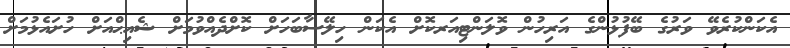
އެކަންކުރެވޭ ވަރުގެ ބޭފުޅުންގެ އަރިހުން ވޮލަންޓިއަރކޮށް އެކަން ހިލޭސާބަހަށް ކޮށްދެއްވުމަށް ޝެއިޙްއަށް ހުށައެޅުމަށް